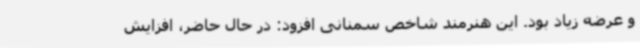
و عرضه زیاد بود. این هنرمند شاخص سمنانی افزود: در حال حاضر، افزایش